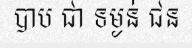
បាប ជា ទម្ងន់ ជន